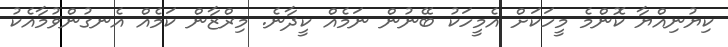
ކިޔުނިއްޔާ ކޮންމެ މީހަކަށް އެމީހަކު ބޭނުން ނަމެއް ކީދާނެ. މިރްޒާން ކަމެއް އެނގުންވުމާއެކު